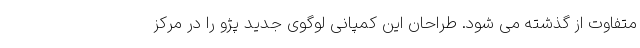
متفاوت از گذشته می شود. طراحان این کمپانی لوگوی جدید پژو را در مرکز